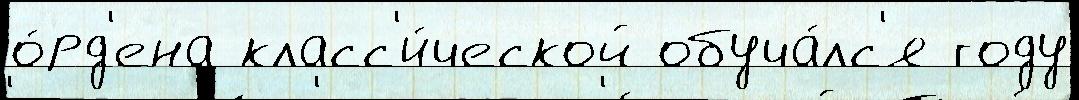
о́рд'ена класс'и́ческой обуча́лс'я году